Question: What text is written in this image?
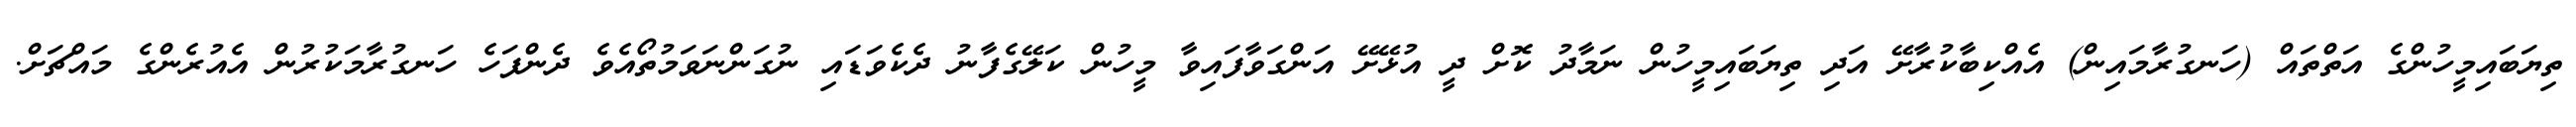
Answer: ތިޔަބައިމީހުންގެ އަތްތައް (ހަނގުރާމައިން) އެއްކިބާކުރާށޭ އަދި ތިޔަބައިމީހުން ނަމާދު ކޮށް ދީ އުޅޭށޭ އަންގަވާފައިވާ މީހުން ކަލޭގެފާނު ދެކެވަޑައި ނުގަންނަވަމުތޯއެވެ ދެންފަހެ ހަނގުރާމަކުރުން އެއުރެންގެ މައްޗަށް.